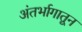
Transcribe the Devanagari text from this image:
अंतर्भागातून